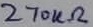
Text: 270kΩ